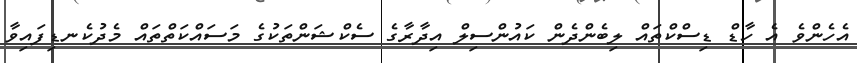
އެހެންވެ އެ ހާޑް ޑިސްކްތައް ލިބެންދެން ކައުންސިލް އިދާރާގެ ސެކްޝަންތަކުގެ މަސައްކަތްތައް މެދުކެނޑިފައިވާ